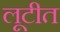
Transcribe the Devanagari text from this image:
लूटीत